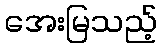
အေးမြသည့်